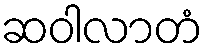
ဆဝါလာတံ